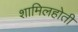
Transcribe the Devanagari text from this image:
शामिलहोती